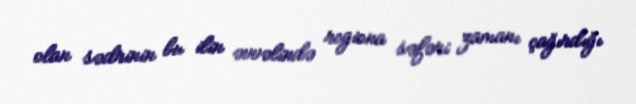
olan sədrinin bu ilin əvvəlində regiona səfəri zamanı çağırdığı